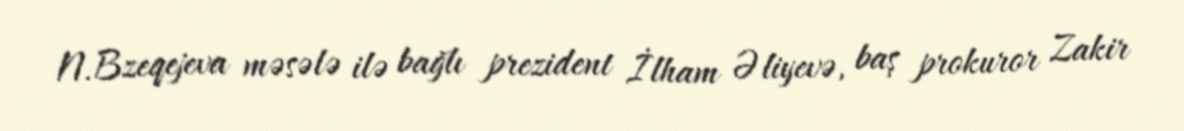
N.Bzeqejeva məsələ ilə bağlı prezident İlham Əliyevə, baş prokuror Zakir